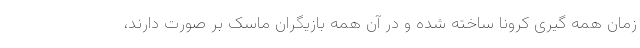
زمان همه گیری کرونا ساخته شده و در آن همه بازیگران ماسک بر صورت دارند،